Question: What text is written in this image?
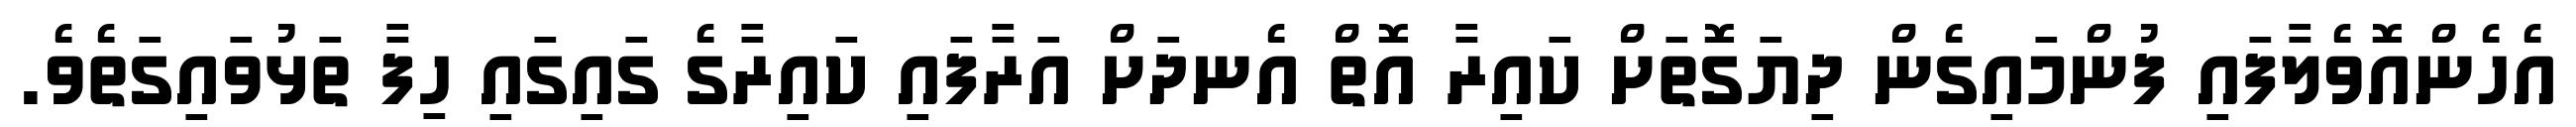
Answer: އެހެންއޮވެލާފައި ފުންމައިގެން ދިޔަގޮތަށް ކައިރާ އޮތް އެނދަށް އަރާފައި ކައިރާގެ ގައިގައި ހިފާ ތަޅުވައިގަތެވެ.